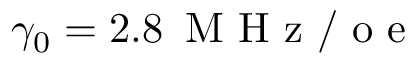
\gamma _ { 0 } = 2 . 8 \, \mathrm { ~ M ~ H ~ z ~ / ~ o ~ e ~ }